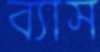
ব্যাস